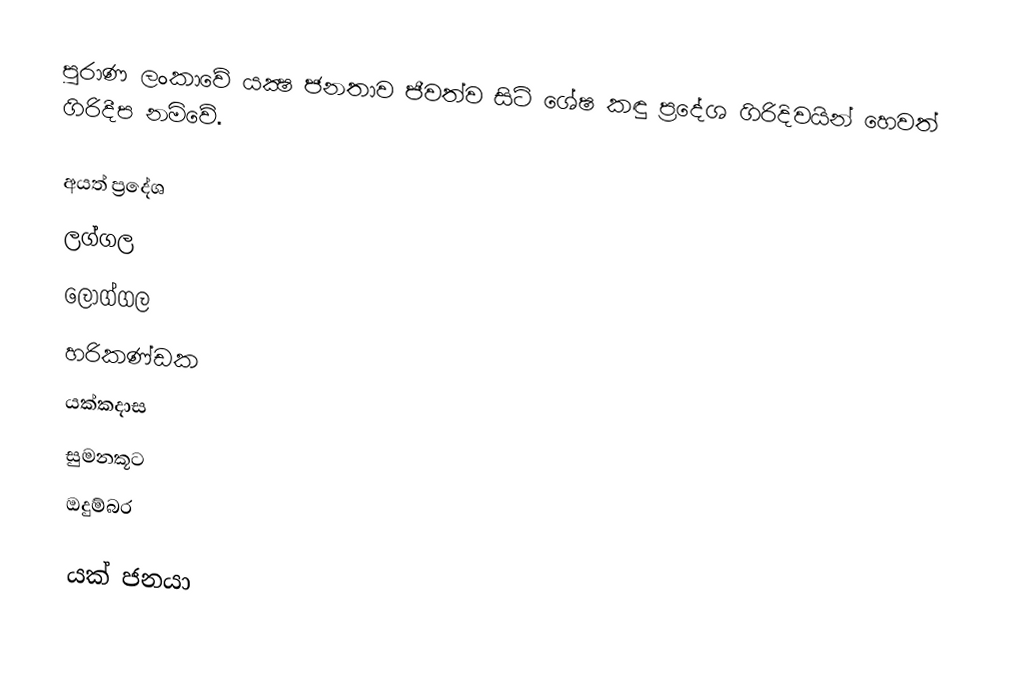
පුරාණ ලංකාවේ යක්‍ෂ ජනතාව ජීවත්ව සිටි ශේෂ කඳු ප්‍රදේශ ගිරිදිවයින් හෙවත් ගිරිදීප නමිවේ.

අයත් ප්‍රදේශ
 ලග්ගල
 ලොග්ගල
 හරිකණ්ඩක
 යක්කදාස
 සුමනකූට
 ඔදුම්බර

යක් ජනයා